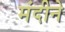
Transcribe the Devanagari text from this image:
मंदीने